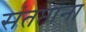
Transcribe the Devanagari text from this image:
संतप्तांना